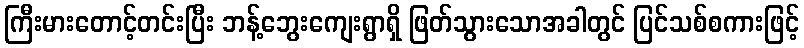
ကြီးမားတောင့်တင်းပြီး ဘန့်ဘွေးကျေးရွာရှိ ဖြတ်သွားသောအခါတွင် ပြင်သစ်စကားဖြင့်